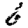
Digit: 6